Tezpur Lunatic Asylum reports 1895-1904 - 1895-1904
Year: 1895
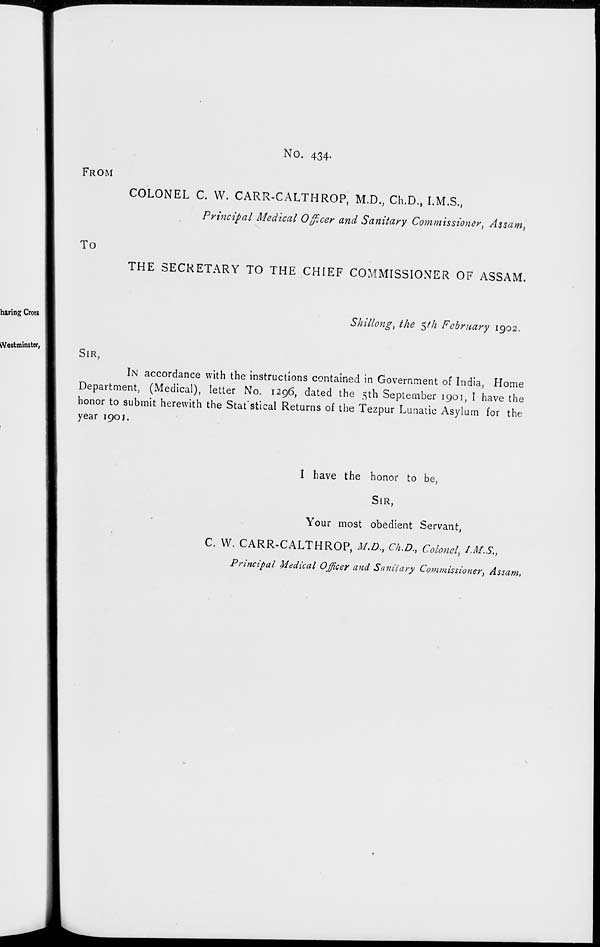
FROM
To
No. 434.
COLONEL C. W. CARR-CALTHROP, M.D., Ch.D., I.M.S.,
Principal Medical Officer and Sanitary Commissioner; Assam,
THE SECRETARY TO THE CHIEF COMMISSIONER OF ASSAM.
Shillong, the 5/Z1 February 1902.
SIR,
IN accordance with the instructions contained in Government of India; Home
Department, (Medical), letter No. 1296, dated the 5th September 1901, I have the
honor to submit herewith the Stat'stical Returns of the Tezpur Lunatic Asylum for the
year 190J.
I have the honor to be,
SIR,
Your most obedient Servant,
C. W. CARR-CALTHROP, M.D., Ch.D., Colonel, I.M.S.,
Principal Medical Officer and Saniiary Commissioner, Assam,